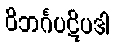
ဝိဘင်္ဂပဋိပဒါ